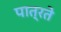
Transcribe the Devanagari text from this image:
पात्रते